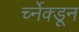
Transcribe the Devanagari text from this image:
र्च्नेक्डून